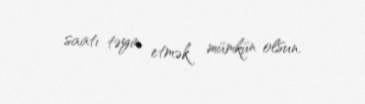
saatı təyin etmək mümkün olsun.